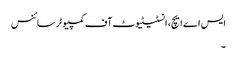
ایس اے ایچ، انسٹیٹیوٹ آف کمپیوٹر سائنس
۔